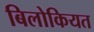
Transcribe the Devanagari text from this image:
बिलोकियत